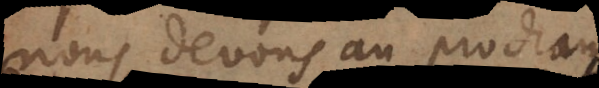
nous devons au prochain.